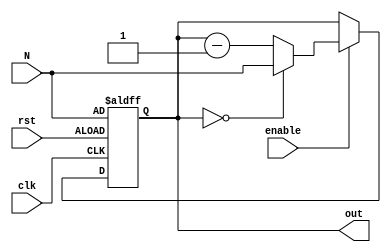
module ModuloNDownCounter (
    input wire clk,
    input wire rst,
    input wire enable,
    input wire [7:0] N,
    output reg [7:0] out
);

reg [7:0] count;

always @ (posedge clk or posedge rst) begin
    if (rst) begin
        count <= N;
    end else begin
        if (enable) begin
            if (count == 0) begin
                count <= N;
            end else begin
                count <= count - 1;
            end
        end
    end
end

assign out = count;

endmodule